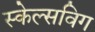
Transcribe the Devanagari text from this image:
स्केल्सविग